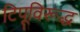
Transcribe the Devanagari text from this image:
टिपूविरूद्ध